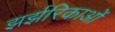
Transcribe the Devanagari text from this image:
झर्झरिकाओं